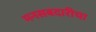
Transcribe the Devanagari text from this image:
मनसबदारीचा